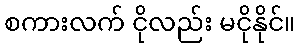
စကားလက် ငိုလည်း မငိုနိုင်။